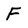
Character: F